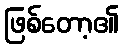
ဖြစ်တော့၏